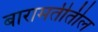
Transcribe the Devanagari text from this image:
बारामतीतील